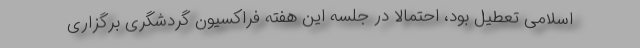
اسلامی تعطیل بود، احتمالاً در جلسه این هفته فراکسیون گردشگری برگزاری